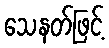
သေနတ်ဖြင့်